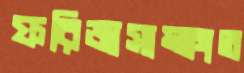
ফরিজাসাক্ষাত